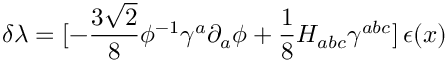
\delta \lambda = [ - { \frac { 3 \sqrt 2 } { 8 } } \phi ^ { - 1 } \gamma ^ { a } \partial _ { a } \phi + { \frac { 1 } { 8 } } H _ { a b c } \gamma ^ { a b c } ] \, \epsilon ( x )